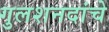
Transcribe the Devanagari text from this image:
गुलशनदांचे